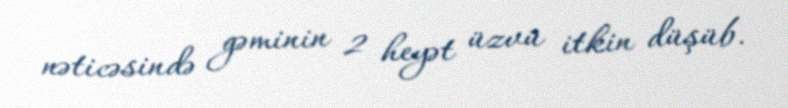
nəticəsində gəminin 2 heyət üzvü itkin düşüb.